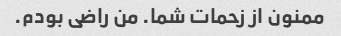
ممنون از زحمات شما. من راضی بودم.